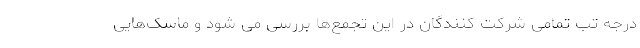
درجه تب تمامی شرکت کنندگان در این تجمع‌ها بررسی می شود و ماسک‌هایی